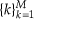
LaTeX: \{ k \} _ { k = 1 } ^ { M }